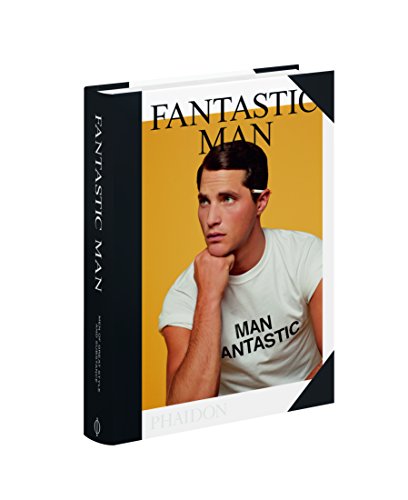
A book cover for Fantastic Man: Men of Great Style and Substance; Jop van Bennekom; Arts & Photography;